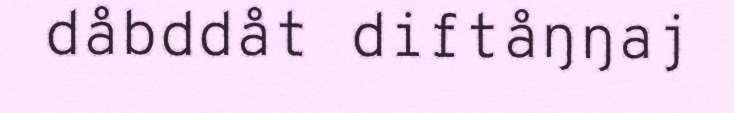
dåbddåt diftåŋŋaj